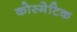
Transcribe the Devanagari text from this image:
कोस्मेटिक